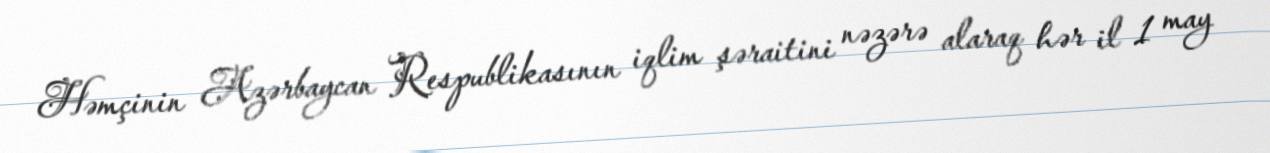
Həmçinin Azərbaycan Respublikasının iqlim şəraitini nəzərə alaraq hər il 1 may